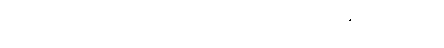
ယထာကမ္မုပဂဉာဏံ ဧကသတ္တတိ စောစံ ပကာသေန္တောတိ မေတဗ္ဗာ